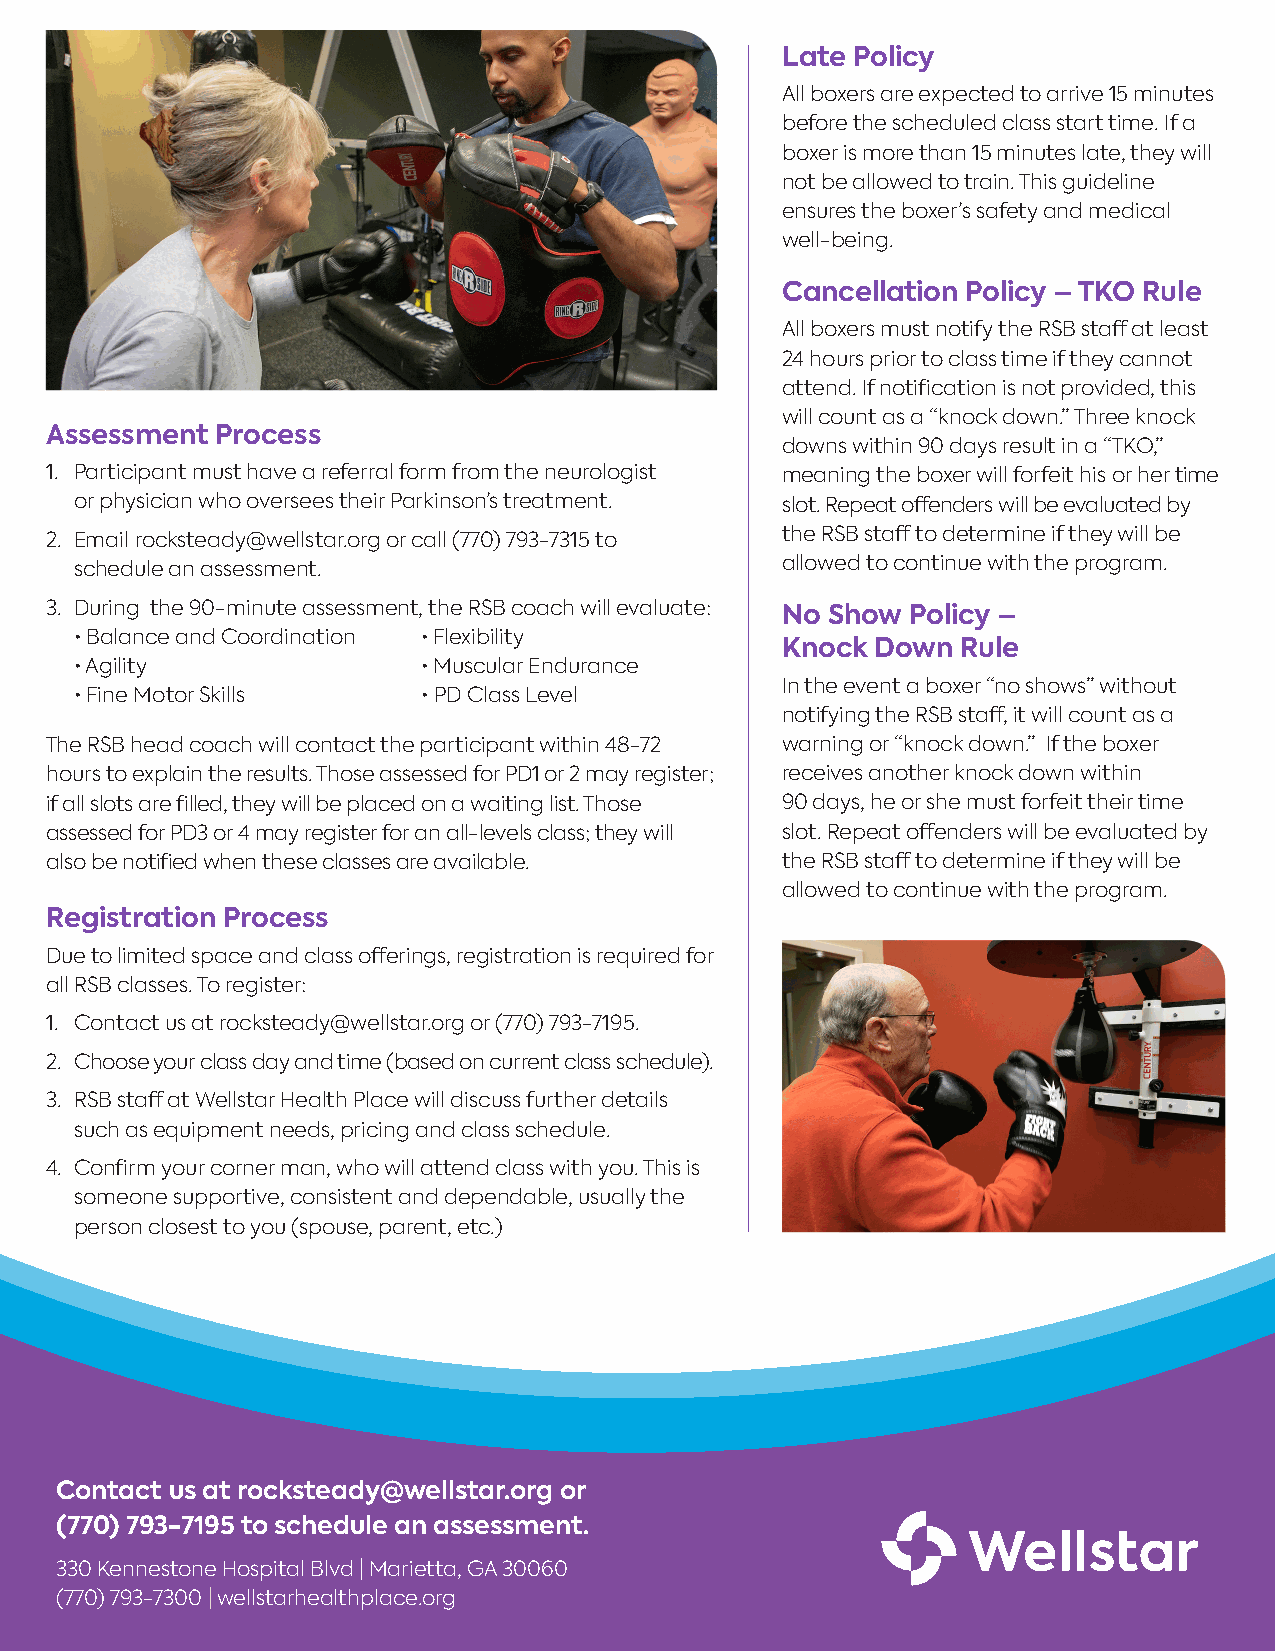
Late Policy
 All boxers are expected to arrive 15 minutes
 before the scheduled class start time. If a
 boxer is more than 15 minutes late, they will
 not be allowed to train. This guideline
 ensures the boxer’s safety and medical
 well-being.
 Cancellation Policy – TKO Rule
 All boxers must notify the RSB staff at least
 24 hours prior to class time if they cannot
 attend. If notification is not provided, this
 will count as a “knock down.” Three knock
 Assessment Process
 downs within 90 days result in a “TKO,”
 1. Participant must have a referral form from the neurologist meaning the boxer will forfeit his or her time
 or physician who oversees their Parkinson’s treatment. slot. Repeat offenders will be evaluated by
 2. Email rocksteady@wellstar.org or call (770) 793-7315 to the RSB staff to determine if they will be
 schedule an assessment.                        allowed to continue with the program.
 3. During the 90-minute assessment, the RSB coach will evaluate:
 No Show Policy –
 • Balance and Coordination • Flexibility
 Knock Down  Rule
 • Agility              • Muscular Endurance
 In the event a boxer “no shows” without
 • Fine Motor Skills    • PD Class Level
 notifying the RSB staff, it will count as a
 The RSB head coach will contact the participant within 48-72 warning or “knock down.” If the boxer
 hours to explain the results. Those assessed for PD1 or 2 may register; receives another knock down within
 if all slots are filled, they will be placed on a waiting list. Those 90 days, he or she must forfeit their time
 assessed for PD3 or 4 may register for an all-levels class; they will slot. Repeat offenders will be evaluated by
 also be notified when these classes are available. the RSB staff to determine if they will be
 allowed to continue with the program.
 Registration Process
 Due to limited space and class offerings, registration is required for
 all RSB classes. To register:
 1. Contact us at rocksteady@wellstar.org or (770) 793-7195.
 2. Choose your class day and time (based on current class schedule).
 3. RSB staff at Wellstar Health Place will discuss further details
 such as equipment needs, pricing and class schedule.
 4. Confirm your corner man, who will attend class with you. This is
 someone supportive, consistent and dependable, usually the
 person closest to you (spouse, parent, etc.)
 Contact us at rocksteady@wellstar.org or
 (770) 793-7195 to schedule an assessment.
 330 Kennestone Hospital Blvd | Marietta, GA 30060
 (770) 793-7300 | wellstarhealthplace.org